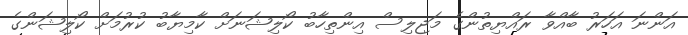
އަންނަ އަހަރު ބާއްވާ ރައްޔިތުންގެ މަޖިލިސް އިންތިހާބު ކޯލިޝަނަށް ކާމިޔާބު ކުރުމަށް ކޯލިޝަންގެ